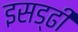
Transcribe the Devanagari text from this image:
इसड्ढी